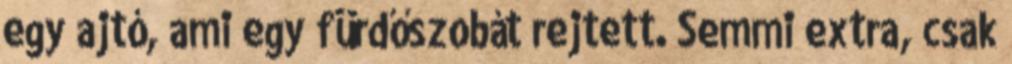
egy ajtó, ami egy fürdőszobát rejtett. Semmi extra, csak